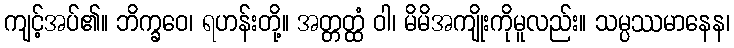
ကျင့်အပ်၏။ ဘိက္ခဝေ၊ ရဟန်းတို့။ အတ္တတ္ထံ ဝါ၊ မိမိအကျိုးကိုမူလည်း။ သမ္ပဿမာနေန၊